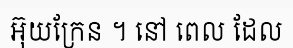
អ៊ុយក្រែន ។ នៅ ពេល ដែល